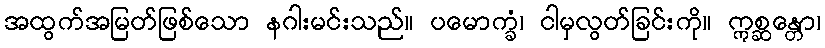
အထွက်အမြတ်ဖြစ်သော နဂါးမင်းသည်။ ပမောက္ခံ၊ ငါမှလွတ်ခြင်းကို။ ဣစ္ဆန္တော၊